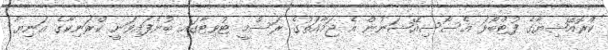
ކްރޮއޭޝިޔާގެ ފުޓްބޯޅަ އެސޯސިއޭޝަނުން އެ ޖަމާއަތުގެ ރަސްމީ ޓުވިޓާގައި ބުނެފައިވަނީ ކްރަނިކާގެ އަނިޔާ